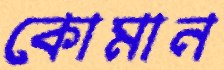
কোমান